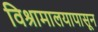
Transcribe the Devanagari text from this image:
विश्रामालयापासून